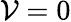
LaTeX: \mathcal{V}=0